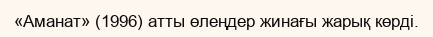
«Аманат» (1996) атты өлеңдер жинағы жарық көрді.